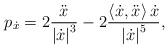
LaTeX: \begin{align*}p_{\dot{x}}=2\frac{\ddot{x}}{\left\vert \dot{x}\right\vert ^{3}}-2\frac{ \left\langle \dot{x},\ddot{x}\right\rangle \dot{x}}{\left\vert \dot{x} \right\vert ^{5}}, \end{align*}